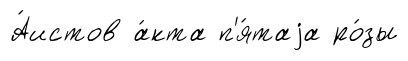
А́истов а́кта п'я́таjа ро́зы